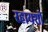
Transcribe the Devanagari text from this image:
रहायशी